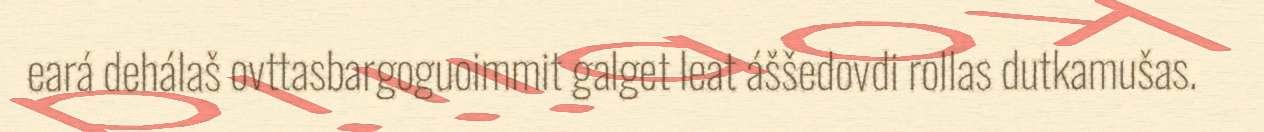
eará dehálaš ovttasbargoguoimmit galget leat áššedovdi rollas dutkamušas.